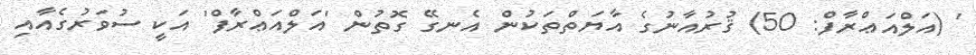
' (އަލްއަޢްރާފް: 50) ޤުރުއާނުގެ އާޔަތްތަކުން އެނގޭ ގޮތުން 'އަލްއަޢްރާފް' އަކީ ސުވަރުގެއާއި